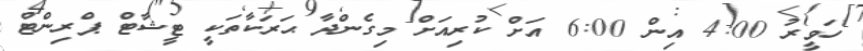
ހަވީރު 4:00 އިން 6:00 އަށް ކުރިއަށް މިގެންދާ ޙަރަކާތަކީ ޓީޝާޓް ޕްރިންޓް